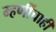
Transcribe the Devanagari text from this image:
म्हणींचाही